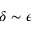
\delta \sim \epsilon